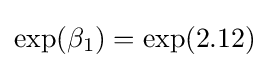
\exp(\beta _{1})=\exp(2.12)